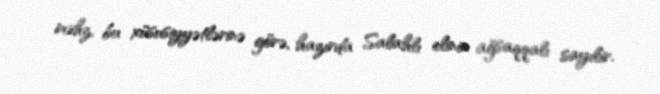
məhz, bu xüsusiyyətlərinə görə, hazırda Salahlı elinin ağsaqqalı sayılır.